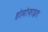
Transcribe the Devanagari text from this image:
होमोफ़ाइल